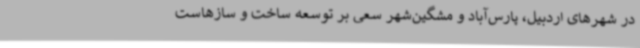
در شهرهای اردبیل، پارس‌آباد و مشگین‌شهر سعی بر توسعه ساخت و سازهاست